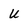
Character: U